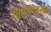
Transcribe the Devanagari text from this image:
वितरणमूलक